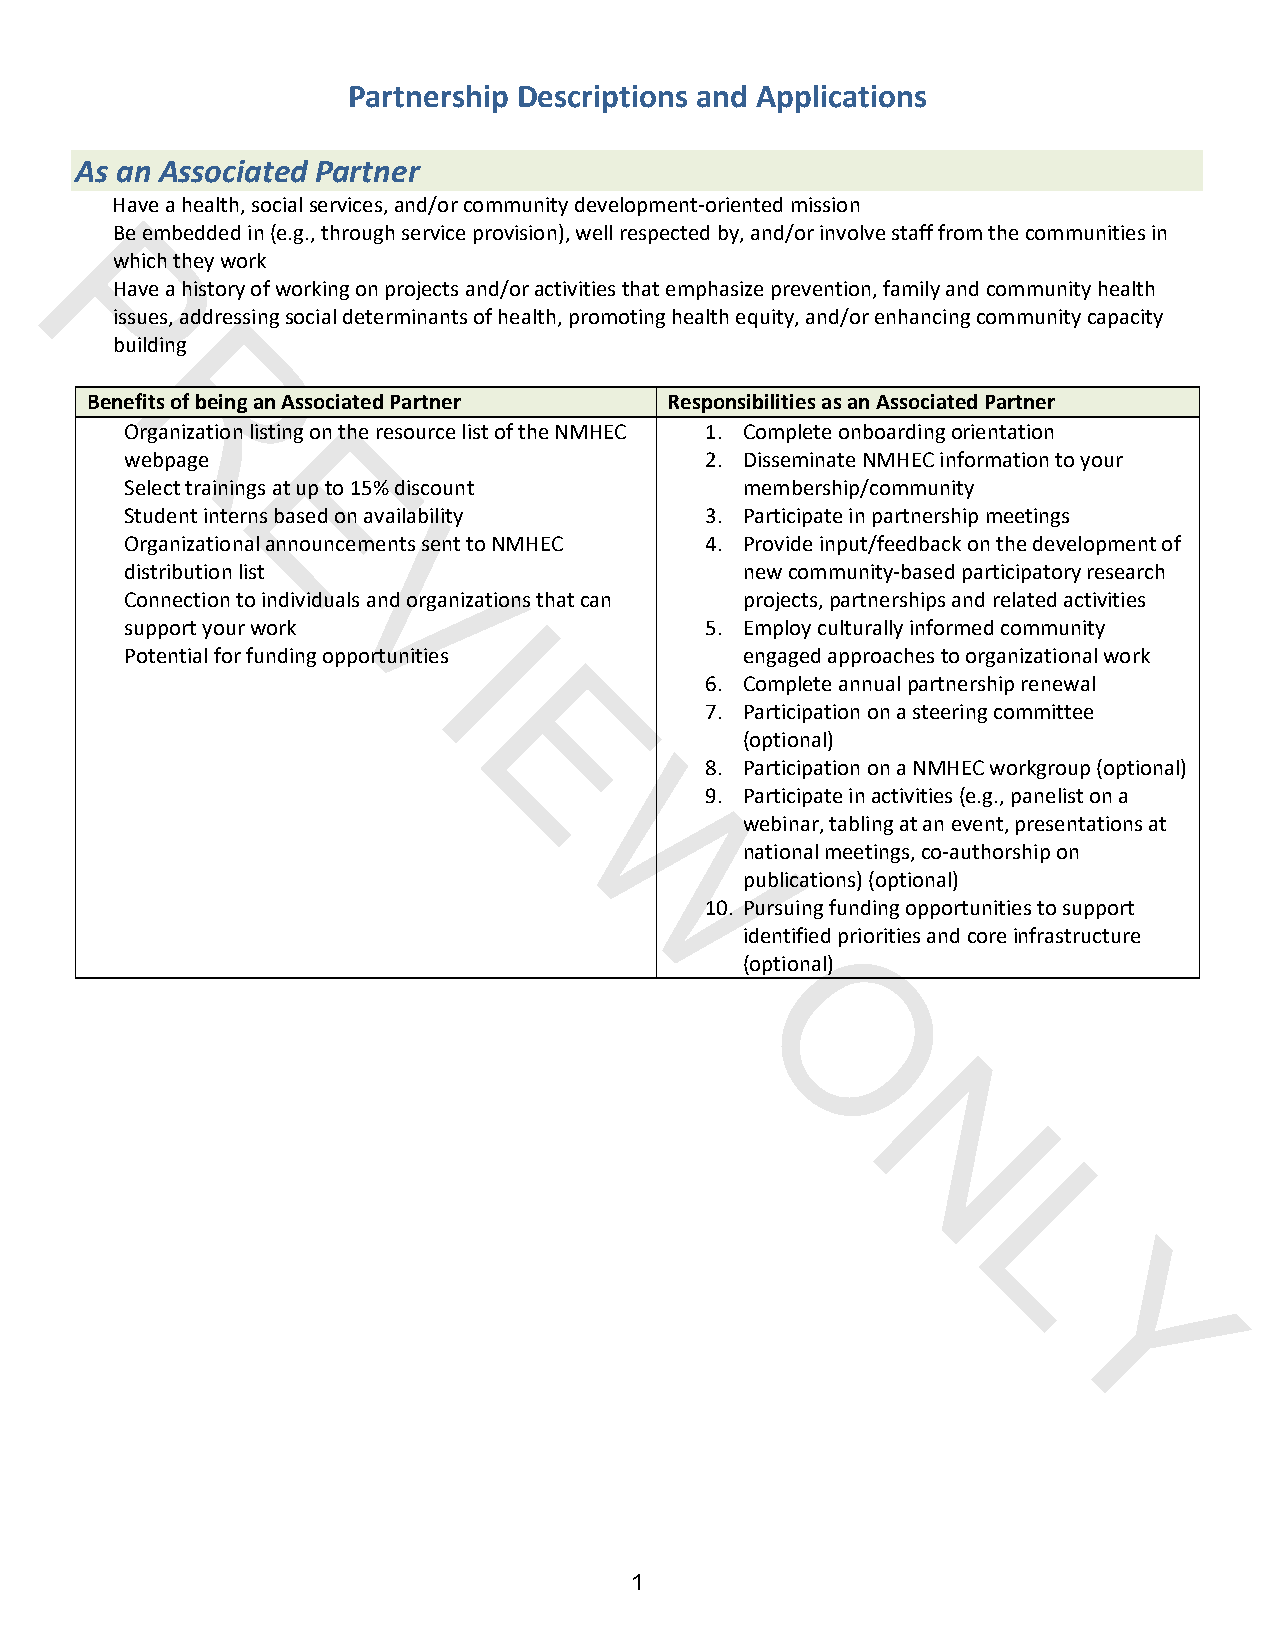
Partnership Descriptions and Applications
 As an Associated Partner
 Have a health, social services, and/or community development‐oriented mission
 Be embedded in (e.g., through service provision), well respected by, and/or involve staff from the communities in
 which they work
 Have a history of working on projects and/or activities that emphasize prevention, family and community health
 P
 issues, addressing social determinants of health, promoting health equity, and/or enhancing community capacity
 building
 Benefits of being an Associated Partner Responsibilities as an Associated Partner
 R
 Organization listing on the resource list of the NMHEC 1. Complete onboarding orientation
 webpage                                2. Disseminate NMHEC information to your
 Select trainings at up to 15% discount   membership/community
 Student Einterns based on availability 3. Participate in partnership meetings
 Organizational announcements sent to NMHEC 4. Provide input/feedback on the development of
 distribution list                        new community‐based participatory research
 Connection to individuals and organizations that can projects, partnerships and related activities
 V
 support your work                      5. Employ culturally informed community
 I
 Potential for funding opportunities      engaged approaches to organizational work
 6. Complete annual partnership renewal
 7. Participation on a steering committee
 (optional)
 E
 8. Participation on a NMHEC workgroup (optional)
 9. Participate in activities (e.g., panelist on a
 webinar, tabling at an event, presentations at
 national meetings, co‐authorship on
 publications) (optional)
 W
 10. Pursuing funding opportunities to support
 identified priorities and core infrastructure
 (optional)
 O
 N
 L
 Y
 1